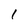
Character: l